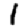
Digit: 1